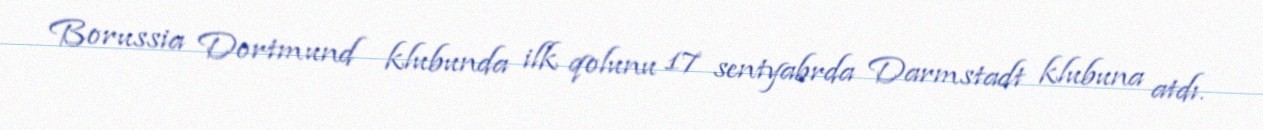
Borussia Dortmund klubunda ilk qolunu 17 sentyabrda Darmstadt klubuna atdı.